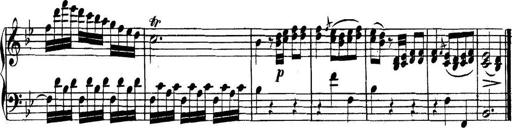
Title: Collected Piano Sonatas
Composer: Muzio Clementi